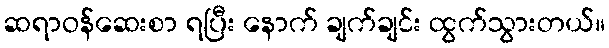
ဆရာဝန်ဆေးစာ ရပြီး နောက် ချက်ချင်း ထွက်သွားတယ်။